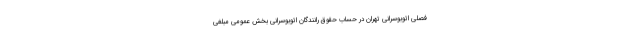
فصلی اتوبوسرانی تهران در حساب حقوق رانندگان اتوبوسرانی بخش عمومی مبلغی